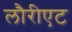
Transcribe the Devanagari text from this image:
लौरीएट